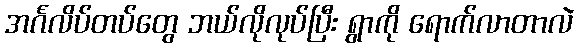
အင်္ဂလိပ်တပ်တွေ ဘယ်လိုလုပ်ပြီး ရွာကို ရောက်လာတာလဲ